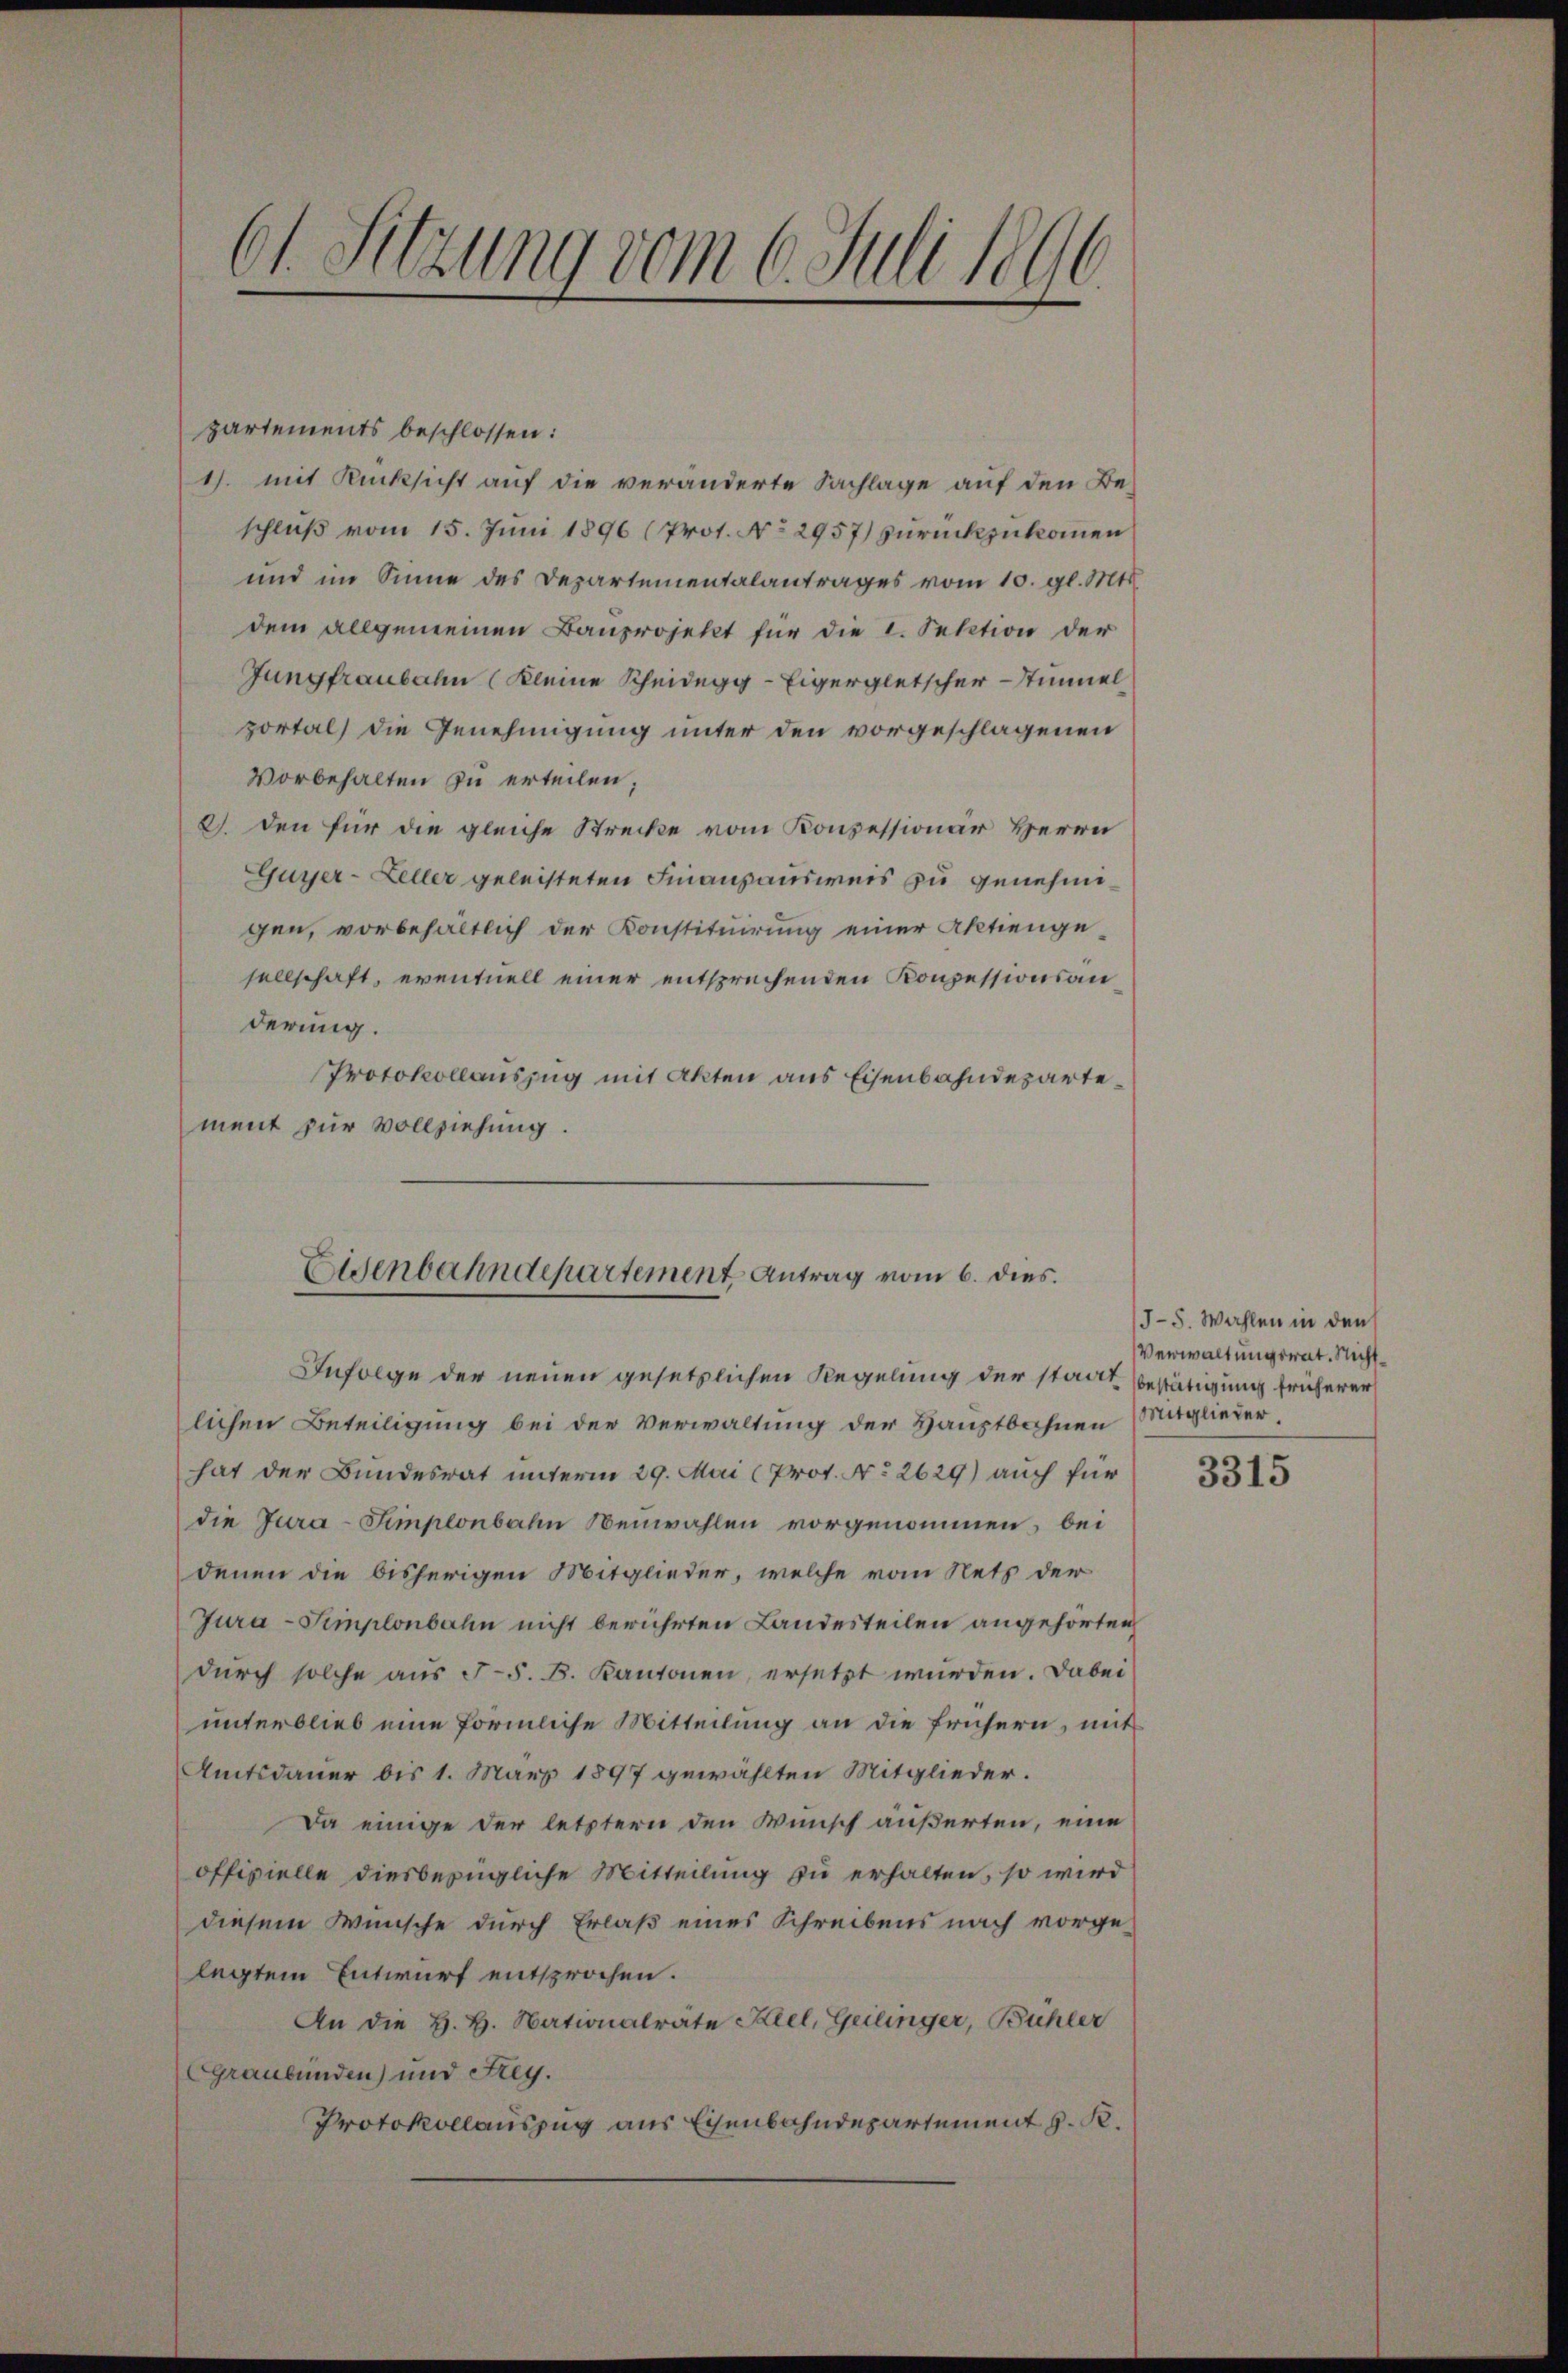
61. Sitzung vom 6. Juli 1896.

partements beschlossen:
1. mit Rücksicht auf die veränderte Sachlage auf den Be-
schluß vom 15. Juni 1896 (Prot. No 2957) zurückzukommen
und im Sinne des Departementalantrages vom 10. gl. Mts.
dem allgemeinen Bauprojekt für die I. Sektion der
Jungfraubahn (kleine Scheidegg - Eigergletscher Stimmel
portal die Genehmigung unter den vorgeschlagenen
Vorbehalten zu erteilen;
2). Den für die gleiche Strecke vom Konzessionär Herrn
Guyjer-Zeller geleisteten Finanzausweis zu genehmigen, vorbehältlich der Konstituirung einer Aktiengesellschaft, eventuell einer entsprechenden Konzessionsanderung.
Protokollauszug mit Akten aus Eisenbahndepartement zur Vollziehung.

Eisenbahndepartement Antrag vom 6. dies

lichen Beteiligung bei der Verwaltung der Hauptbahnen Mitglieder
hat der Bundesrat unterm 29. Mai (Prot. No 2629) auch für
die Jura-Simplonbahn Neuwahlen vorgenommen, bei
denen die bisherigen Mitglieder, welche vom Netz der
Jura - Simplonbahn nicht berührten Landesteilen angehörten
durch solche aus F. B. Kantonen, ersetzt wurden. Dabei
unterblieb eine förmliche Mitteilung an die frühern, mit
Amtsdauer bis 1. März 1897 gewählten Mitglieder.
Da einige der letztern den Wünsch äußerten, eine
offizielle diesbezügliche Mitteilung zu erhalten, so wird
diesem Wunsche durch Erlaß eines Schreibens nach vorge-
legtem Entwurf entsprochen.
An die H. H. Nationalräte Klel, Geilinger, Bühler
GGraubünden) und Frey.
Protokollauszug aus Eisenbahndepartement J. K.

Infolge der neuen gesetzlichen Regelung der stadt Bestätigung früherer

J-5. Wahlen in den
Verwaltungsrat. Nicht¬

3315